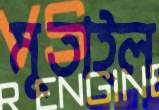
মুতাইল